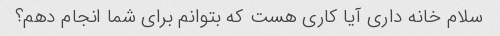
سلام خانه داری آیا کاری هست که بتوانم برای شما انجام دهم؟